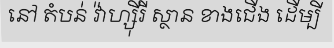
នៅ តំបន់ វ៉ាហ្ស៊ីរី ស្ថាន ខាងជើង ដើម្បី